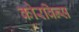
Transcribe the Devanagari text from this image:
कोरविन्स